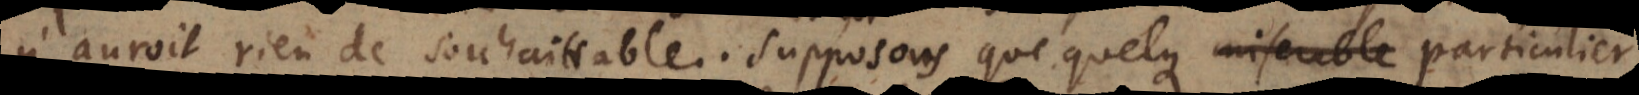
n’auroit rien de souhaittable. Supposons que quelque particulier